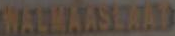
WALMASERAT